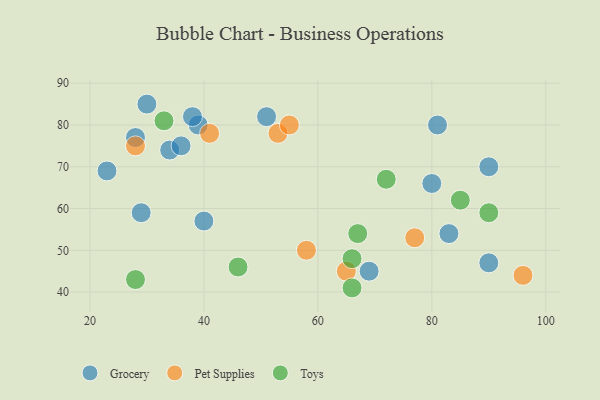
{"axis": {"x": "GDP", "y": "Life Expectancy"}, "legend": ["Grocery", "Pet Supplies", "Toys"], "data": [{"x": "90", "y": 70, "type": "Grocery"}, {"x": "51", "y": 82, "type": "Grocery"}, {"x": "34", "y": 74, "type": "Grocery"}, {"x": "81", "y": 80, "type": "Grocery"}, {"x": "30", "y": 85, "type": "Grocery"}, {"x": "36", "y": 75, "type": "Grocery"}, {"x": "83", "y": 54, "type": "Grocery"}, {"x": "39", "y": 80, "type": "Grocery"}, {"x": "28", "y": 77, "type": "Grocery"}, {"x": "69", "y": 45, "type": "Grocery"}, {"x": "80", "y": 66, "type": "Grocery"}, {"x": "23", "y": 69, "type": "Grocery"}, {"x": "38", "y": 82, "type": "Grocery"}, {"x": "40", "y": 57, "type": "Grocery"}, {"x": "29", "y": 59, "type": "Grocery"}, {"x": "90", "y": 47, "type": "Grocery"}, {"x": "53", "y": 78, "type": "Pet Supplies"}, {"x": "28", "y": 75, "type": "Pet Supplies"}, {"x": "55", "y": 80, "type": "Pet Supplies"}, {"x": "65", "y": 45, "type": "Pet Supplies"}, {"x": "96", "y": 44, "type": "Pet Supplies"}, {"x": "58", "y": 50, "type": "Pet Supplies"}, {"x": "41", "y": 78, "type": "Pet Supplies"}, {"x": "77", "y": 53, "type": "Pet Supplies"}, {"x": "46", "y": 46, "type": "Toys"}, {"x": "28", "y": 43, "type": "Toys"}, {"x": "66", "y": 48, "type": "Toys"}, {"x": "67", "y": 54, "type": "Toys"}, {"x": "85", "y": 62, "type": "Toys"}, {"x": "33", "y": 81, "type": "Toys"}, {"x": "72", "y": 67, "type": "Toys"}, {"x": "66", "y": 41, "type": "Toys"}, {"x": "90", "y": 59, "type": "Toys"}]}